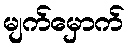
မျက်မှောက်